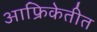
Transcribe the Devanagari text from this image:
आफ्रिकेतीत